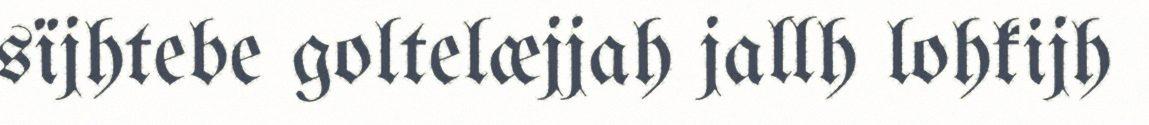
sïjhtebe goltelæjjah jallh lohkijh